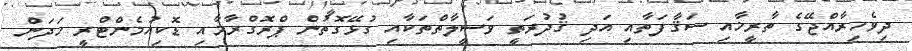
ދިވެހިރާއްޖޭގެ ތާރީޚާއި ސަޤާފަތާއި އަދި ޤުދުރަތީ ވަސީލާތްތަކާއި ގުޅޭގޮތުން ޕްރޮގްރާމާއި ޑޮކިއުމެންޓްރީ ހަދަން